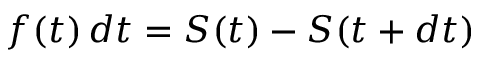
f ( t ) \, d t = S ( t ) - S ( t + d t )